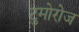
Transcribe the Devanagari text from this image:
टुमोरोज